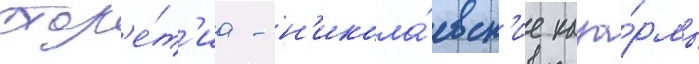
стол'е́т'иа - н'икола́евск'ие каза́рмы